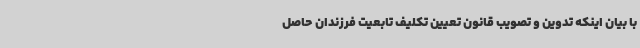
با بیان اینکه تدوین و تصویب قانون تعیین تکلیف تابعیت فرزندان حاصل